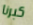
كبرنا